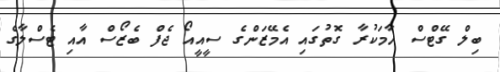
ބިލް ގޭޓްސް ހާމަކުރާ ގޮތުގައި އެމޭޒަންގެ ސީއީއޯ ޖެފް ބެޒޯސް އާއި ޓެސްލާގެ